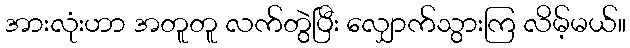
အားလုံးဟာ အတူတူ လက်တွဲပြီး လျှောက်သွားကြ လိမ့်မယ်။